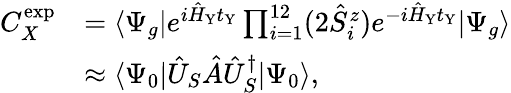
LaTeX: \begin{array}{rl}{C_{X}^{\mathrm{exp}}}&{=\langle\Psi_{g}|e^{i\hat{H}_{\mathrm{Y}}t_{\mathrm{Y}}}\prod_{i=1}^{12}(2\hat{S}_{i}^{z})e^{-i\hat{H}_{\mathrm{Y}}t_{\mathrm{Y}}}|\Psi_{g}\rangle}\\ &{\approx\langle\Psi_{0}|\hat{U}_{S}\hat{A}\hat{U}_{S}^{\dagger}|\Psi_{0}\rangle,}\end{array}